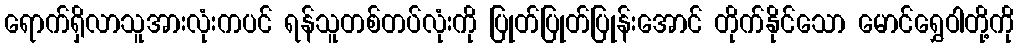
ရောက်ရှိလာသူအားလုံးကပင် ရန်သူတစ်တပ်လုံးကို ပြုတ်ပြုတ်ပြုန်းအောင် တိုက်နိုင်သော မောင်ရွှေဝါတို့ကို